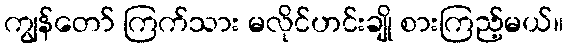
ကျွန်တော် ကြက်သား မလိုင်ဟင်းချို စားကြည့်မယ်။